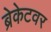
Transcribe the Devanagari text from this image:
ब्रेकेटवर